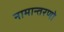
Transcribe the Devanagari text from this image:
नामान्तरणो